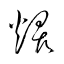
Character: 煨